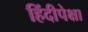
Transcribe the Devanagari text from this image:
हिंदीपेक्षा